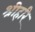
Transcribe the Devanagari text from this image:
श्रीहरि